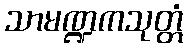
သာမဏ္ဍကသုတ္တံ